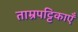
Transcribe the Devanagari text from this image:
ताम्रपट्टिकाएँ